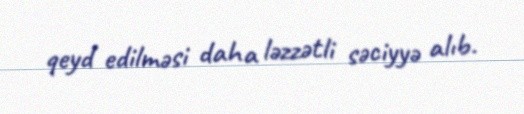
qeyd edilməsi daha ləzzətli səciyyə alıb.